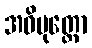
အဝိမုတ္တော